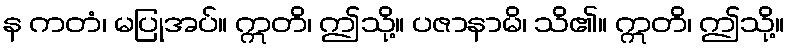
န ကတံ၊ မပြုအပ်။ ဣတိ၊ ဤသို့။ ပဇာနာမိ၊ သိ၏။ ဣတိ၊ ဤသို့။